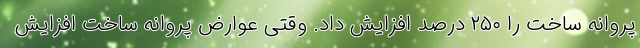
پروانه ساخت را ۲۵۰ درصد افزایش داد. وقتی عوارض پروانه ساخت افزایش